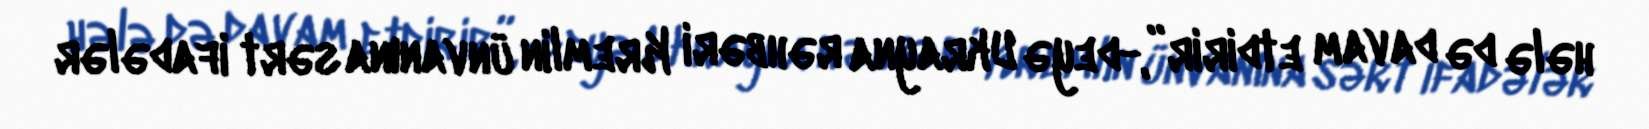
hələ də davam etdirir”,-deyə Ukrayna rəhbəri Kremlin ünvanına sərt ifadələr